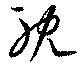
耽